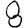
Digit: 8